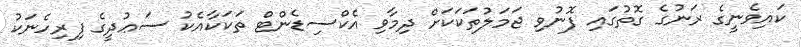
ކައިވެނީގެ ރަނުގެ ގޮތުގައި ފޮނުވި ޖަމަލުތަކަކަށް ދިމާވި އެކްސިޑެންޓް ތަކަކާއެކު ސަޢުދީގެ ފިރިހެނަކު